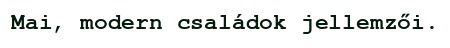
Mai, modern családok jellemzői.